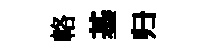
輅基归